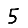
Digit: 5